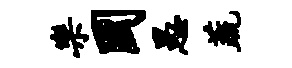
乐国愚蔬